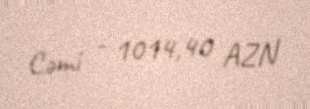
Cəmi - 1014,40 AZN